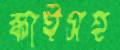
স্কাইসহ